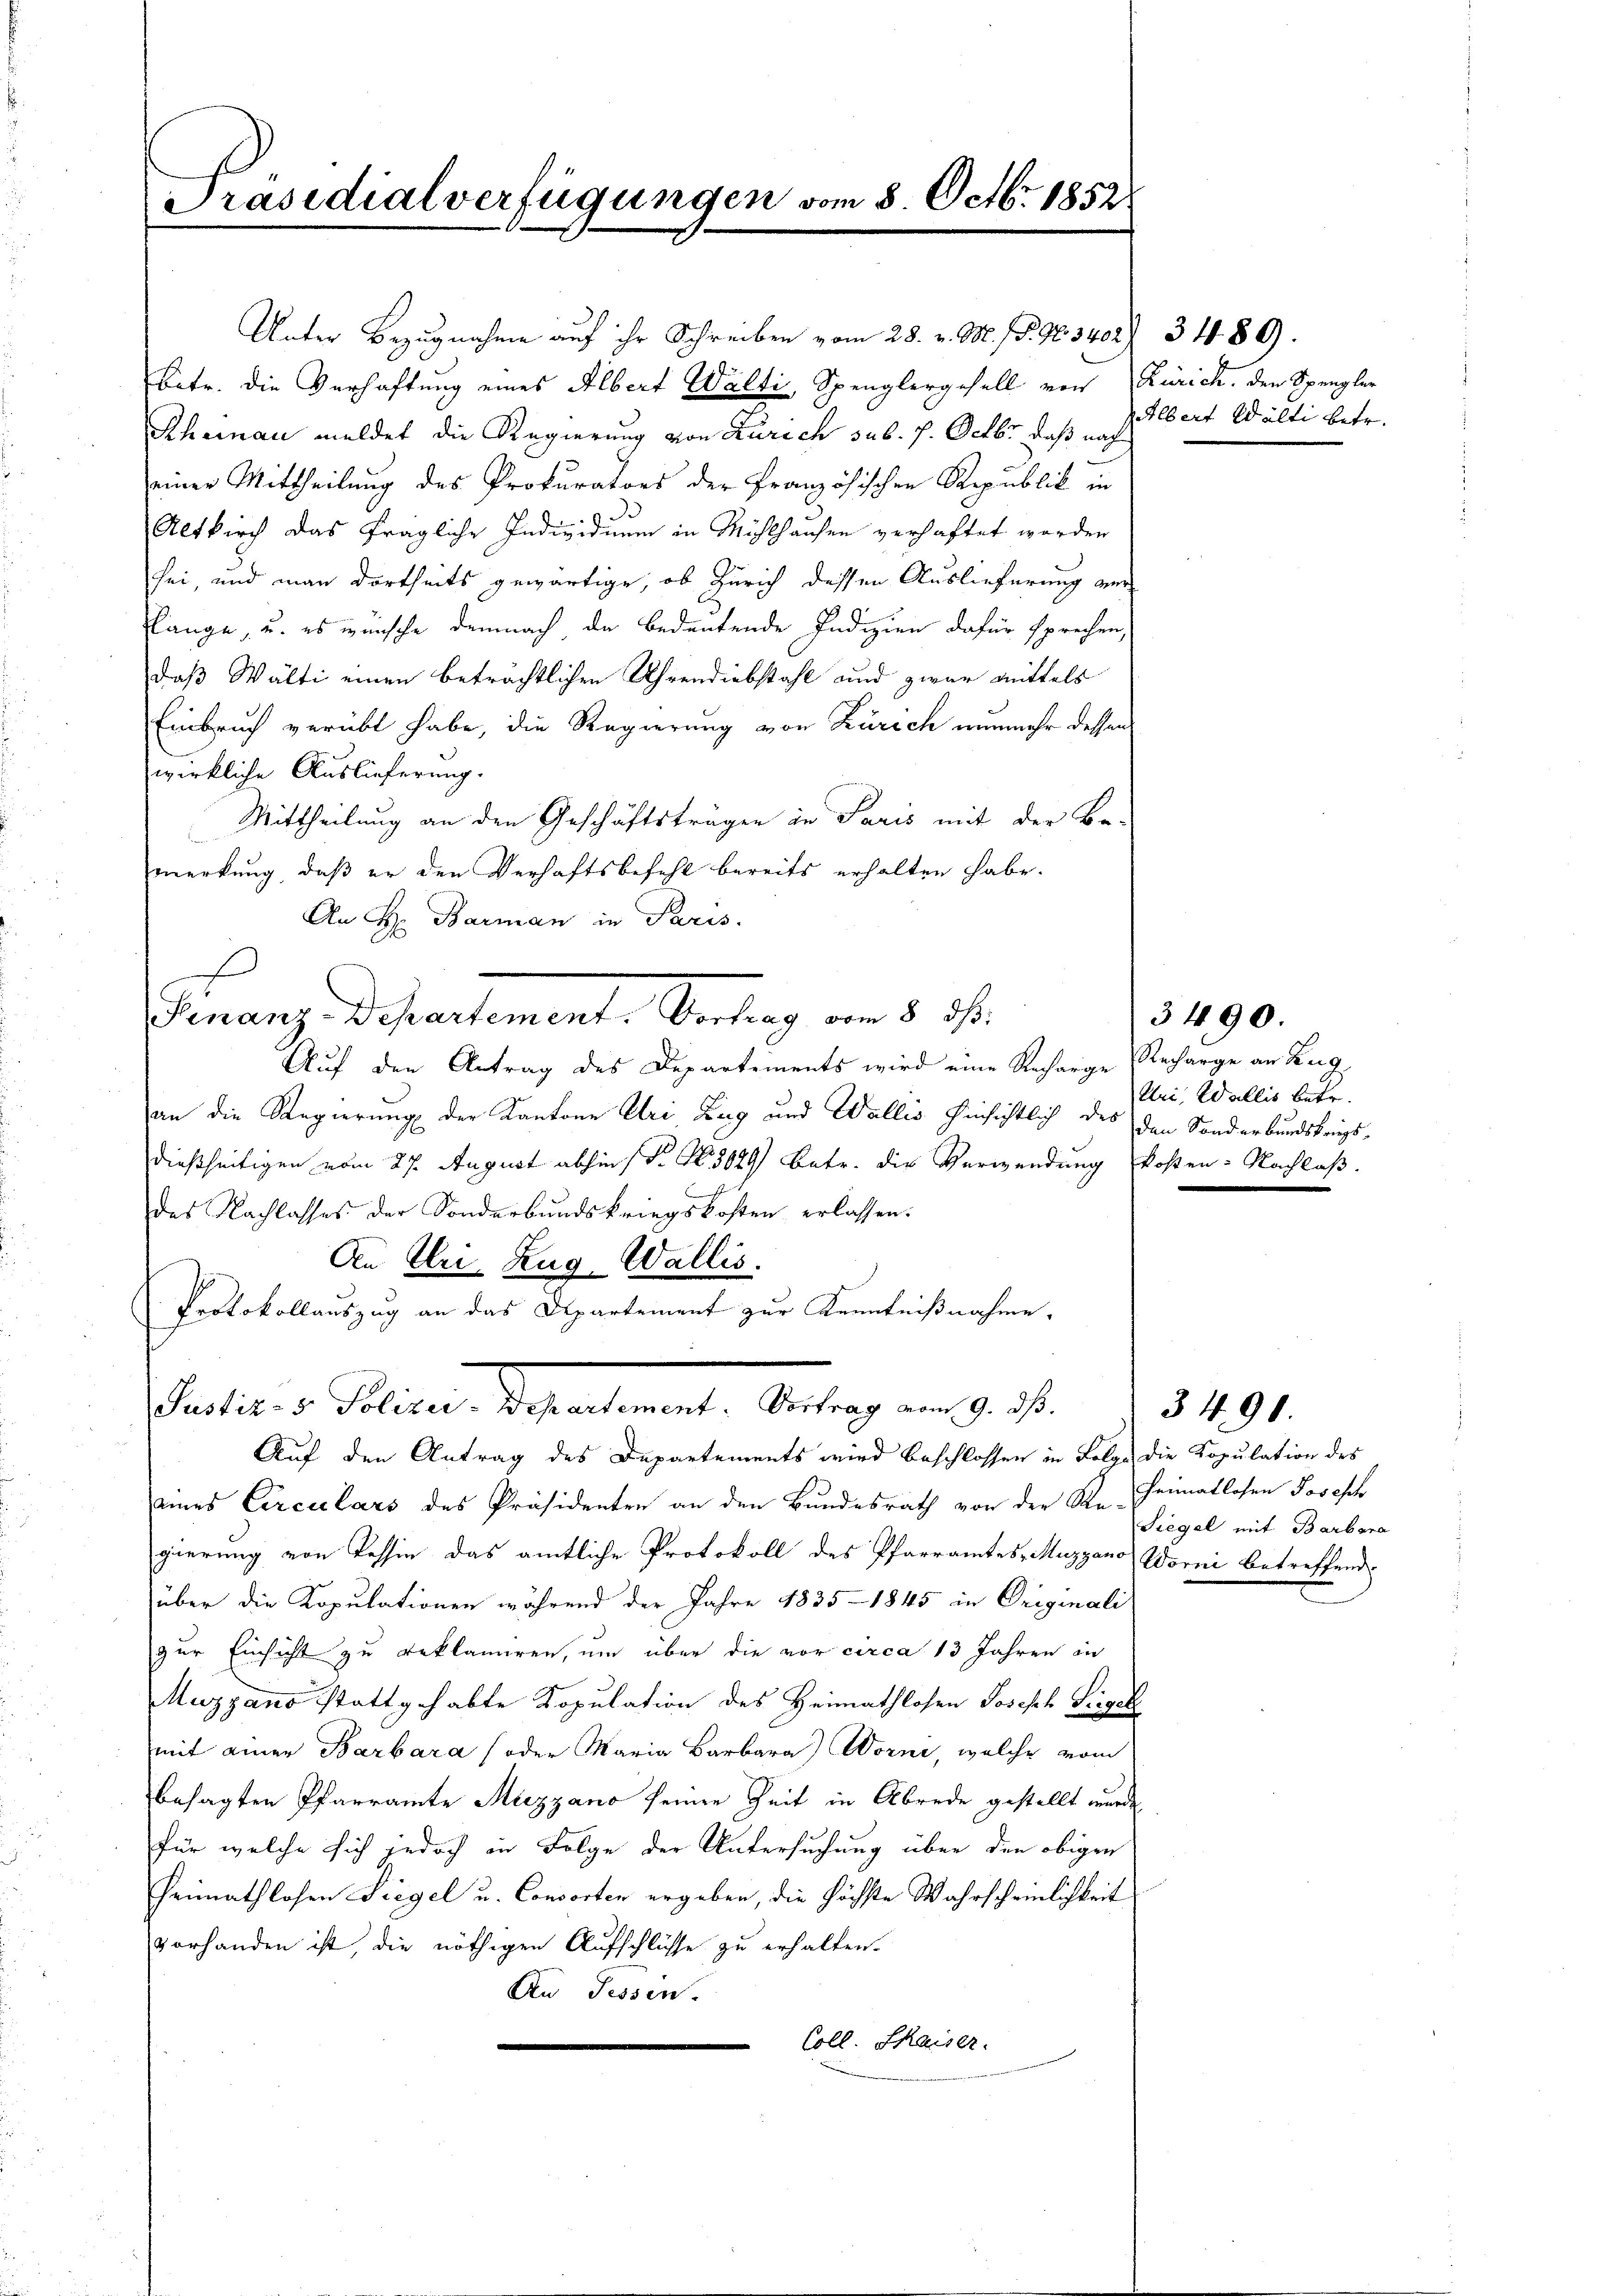
Präsidialverfügungen vom 8. Octbr. 18528

Rheinau meldet die Regierung von Zürich sub. P. Octbr, daß nach
einer Mittheilung des Prokurators der Französischen Republik in
di
.
Altkirch das fragliche Individuum in Mühlhausen verhaftet werden
sei, und man dortheits gewärtige, ob Zürich dessen Auslieferung ver
länge, u. es wünsche demnach, da bedeutende Indizien dafür sprechen,
daß Wälti einen beträchtlichen Uhrendiebstahl und zwar mittels
Einbruch verübt habe, die Regierung von Zürich nunmehr dessen
wirkliche Auslieferung.
Mittheilung an den Geschäftsträgen in Paris mit der Be-
merkung, daß er den Verhaftsbefehl bereits erhalten habe.
An H. Barman in Paris.
E
Finanz-Departement. Vertrag vom 8. ds.
Auf den Antrag des Departements wird eine Recharge Recharge an Zug
an die Regierung der Kantone Uri Zug und Wallis hinsichtlich des den Sonderbundskriegsdießseitigen vom 27. August abhin (N. N. 3029) Betr. die Verwendung kosten. Nachlaß.
des Nachlasses der Sonderbundskriegskosten erlassen.
An Uri, Zug-Wallis.
Protokollauszug an das Departement zur Kenntnißnahme,
Pactions Politer Repartement. Vertrag an d. d.
Auf den Antrag des Departements wird beschlossen in Folge die Kopulation des
seines Circulars des Präsidenten an den Bundesrath von der K. Heimatlosen Joseph
gierung von Tessin das amtliche Protokoll des Pfarramtes Muzgano, Worni betreffend
über die Kopulationen während der Jahre 1835 - 1845 in Originali
zur Einsicht zu geklamiren, um über die vor circa 13 Jahren in
Muzgano stattgehabte Kopulation des Heimathlosen Joseph Feigel
mit einer Barbara (oder Maria Barbara Worni, welche vom
besagten Pfarramte Mizzano seinen Zeit in Abrede gestellt wurde,
für welche sich jedoch in Folge der Untersuchung über den obigen
heimathlosen Siegel u. Consorten ergeben, die höchste Wahrscheinlichkeit
vorhanden ist, die nöthigen Aufschlüsse zu erhalten.
An Fessen.
Coll. Kaiser.

Unter Bezugnahme auf ihr Schreiben vom 28. v. M. fr. 96. 340. 3489.
Betr. die Verhaftung eines Albert Walti Spenglergesell von Zürich, den Spengler

Albert Wälti betr.

Uri, Wallis betr.

3490.

Siegel mit Barbara

3 490.